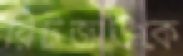
রিটজাউকে